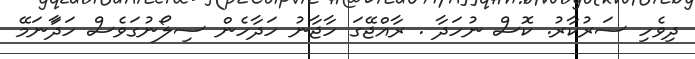
ދިވެހި ސަރުކާރު. ކޮސް ނުހަދާ . ރާއްޖޭގަ ހާޖާނު ހަދާހެން ސިލޯނުގަވެސް ހަދަާނަމޭ